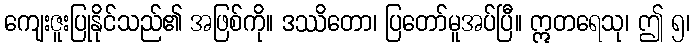
ကျေးဇူးပြုနိုင်သည်၏ အဖြစ်ကို။ ဒဿိတော၊ ပြတော်မူအပ်ပြီ။ ဣတရေသု၊ ဤ ၅၊